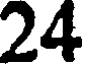
24